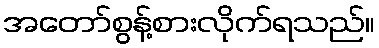
အတော်စွန့်စားလိုက်ရသည်။